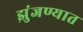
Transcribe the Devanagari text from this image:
झुंजण्यात